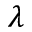
\lambda